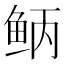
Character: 𫚎